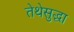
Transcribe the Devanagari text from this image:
तेथेसुद्धा